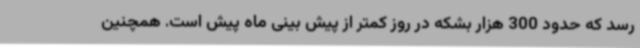
رسد که حدود 300 هزار بشکه در روز کمتر از پیش بینی ماه پیش است. همچنین